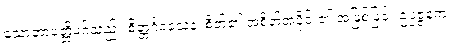
သောတာပတ္တိမဂ်သည်။ စိတ္တင်္ဂဝသေန၊ စိတ်၏ အစိတ်အပိုင်း၏ အဖြစ်ဖြင့်။ ဥပ္ပဇ္ဇနက